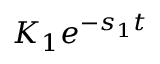
K _ { 1 } e ^ { - s _ { 1 } t }